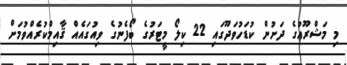
މި މަޝްރޫޢުގެ ދަށުން ކުޑަހުވަދޫގައި 22 ކިލޯ މީޓަރުގެ ބޯފެނުގެ ވިއުގައެއް ޤާއިމްކުރެއްވުމަށް